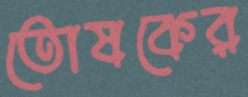
তোষকের